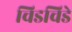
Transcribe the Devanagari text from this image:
चिडचिडे